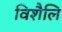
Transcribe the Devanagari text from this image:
विशैलि